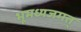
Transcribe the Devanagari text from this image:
भूमध्यजगत्‌